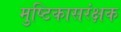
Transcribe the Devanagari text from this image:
मुष्टिकासरंक्षक